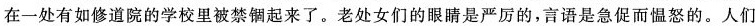
在一处有如修道院的学校里被禁钢起来了。老处女们的眼睛是严厉的，言语是急促而愠怒的。人们